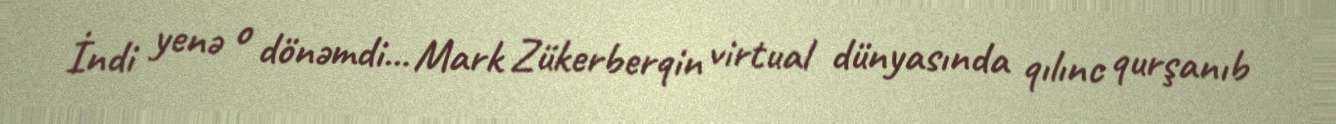
İndi yenə o dönəmdi... Mark Zükerberqin virtual dünyasında qılınc qurşanıb